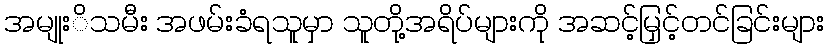
အမျုးိသမီး အဖမ်းခံရသူမှာ သူတို့အရိပ်များကို အဆင့်မြှင့်တင်ခြင်းများ